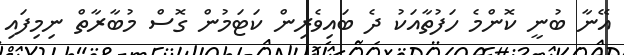
އޭނާ ބުނީ ކޮންމެ ހަފުތާއަކު ދެ ބައިވެރިން ކަޓަމުން ގޮސް މުބާރާތް ނިމިފައި